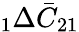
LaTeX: \phantom{}_{1}\Delta\bar{C}_{21}